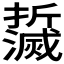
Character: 𤄌